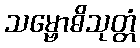
သမ္ဗောဓိသုတ္တံ